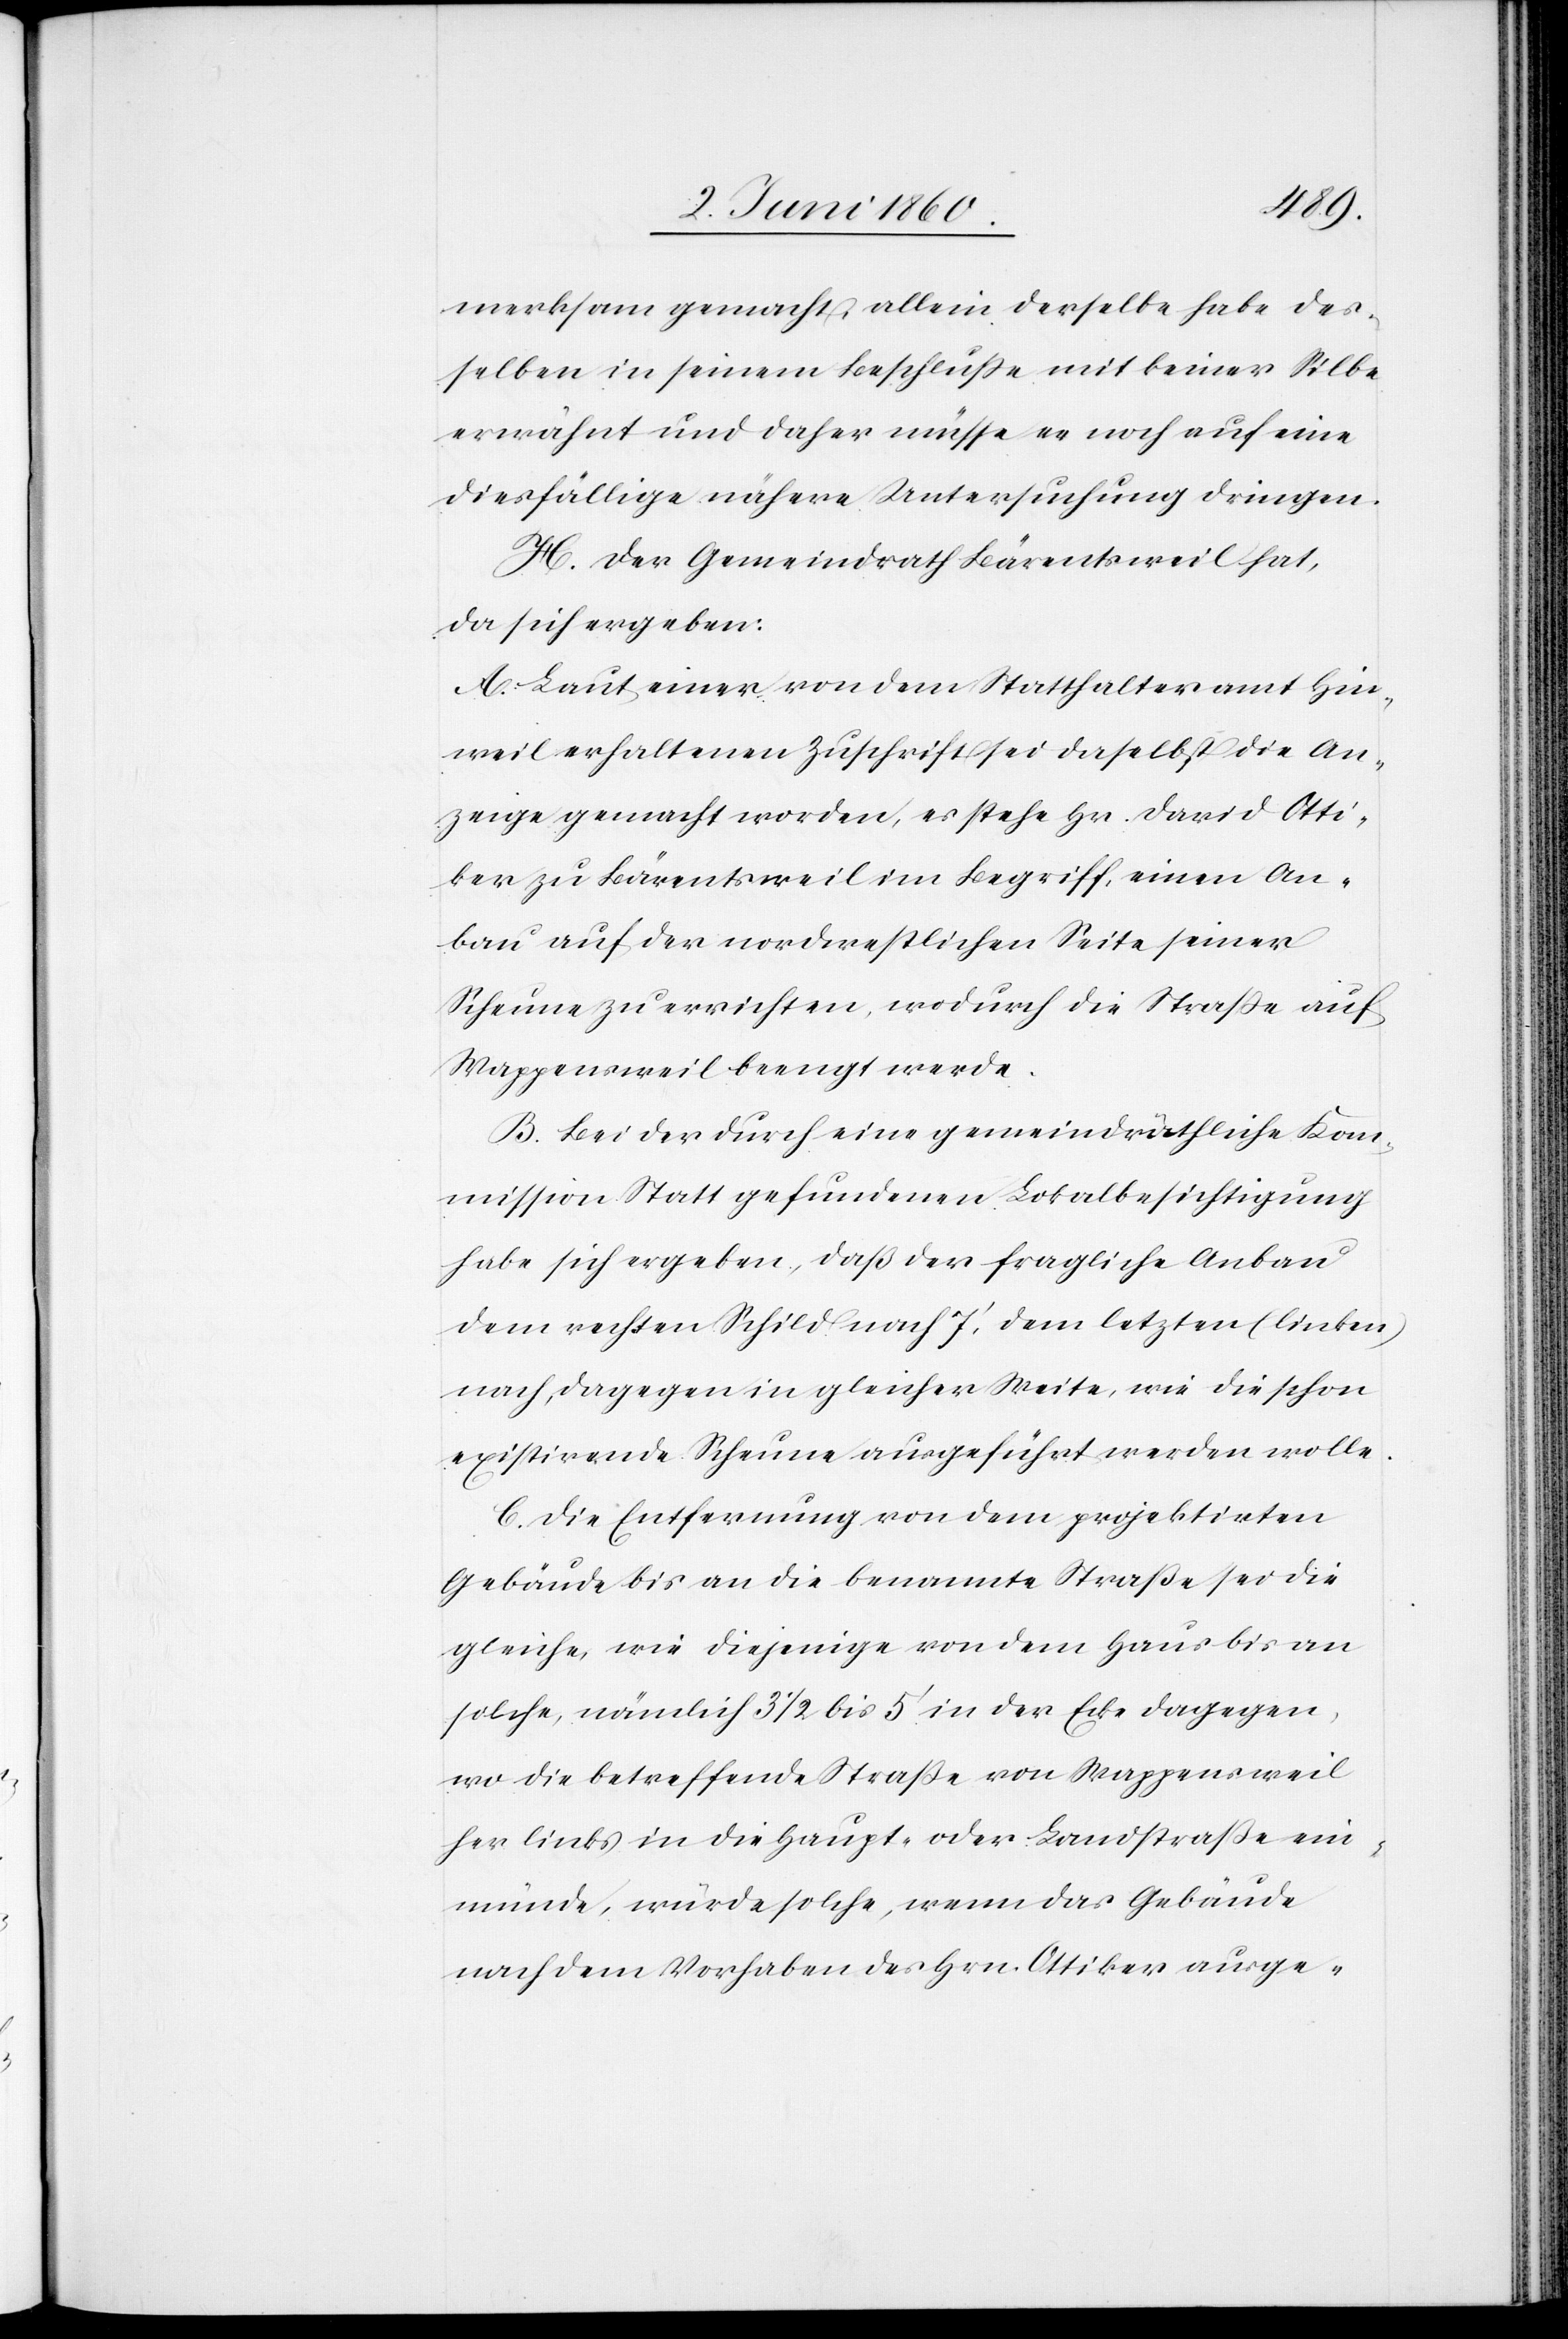
merksam gemacht, allein derselbe habe des¬
selben in seinem Beschlusse mit keiner Silbe
erwähnt und daher müsse es noch auf eine
diesfällige nähere Untersuchung dringen.
H. Der Gemeindrath Bärentsweil hat,
da sich ergeben:
A. Laut einer von dem Statthalteramt Hin¬
weil erhaltenen Zuschrift sei daselbst die An¬
zeige gemacht worden, es stehe Hr. David Otti¬
ker zu Bärentsweil im Begriff, einen An¬
bau auf der nordwestlichen Seite seiner
Scheune zu errichten, wodurch die Strasse auf
Wappensweil beengt werde.
B. Bei der durch eine gemeindräthliche Kom¬
mission Statt gefundenen Lokalbesichtigung
habe sich ergeben, dass der fragliche Anbau
dem rechten Schild nach 7’, dem letzten (linken)
existirende Scheune ausgeführt werden wolle.
C. Die Entfernung von dem projektirten
Gebäude bis an die benannte Strasse sei die
gleiche, wie diejenige von dem Haus bis an
solche, nämlich 3 1/2 bis 5’ in der Ecke dagegen,
wo die betreffende Strasse von Wappensweil
her links in die Haupt- oder Landstrasse ein¬
münde, würde solche, wenn das Gebäude
nach dem Vorhaben des Hrn. Ottiker ausge-